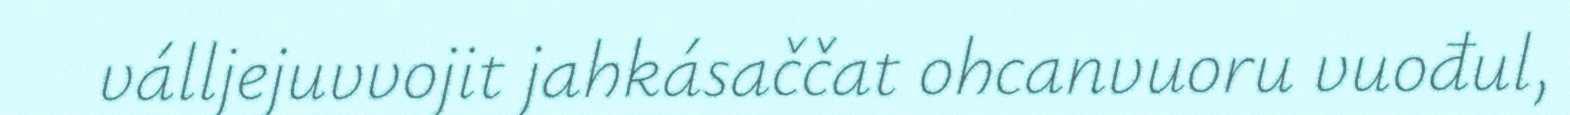
válljejuvvojit jahkásaččat ohcanvuoru vuođul,